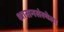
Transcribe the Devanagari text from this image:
शासनसंस्थेला